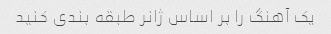
یک آهنگ را بر اساس ژانر طبقه بندی کنید